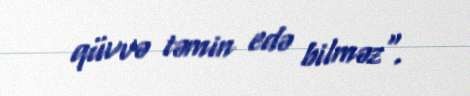
qüvvə təmin edə bilməz".